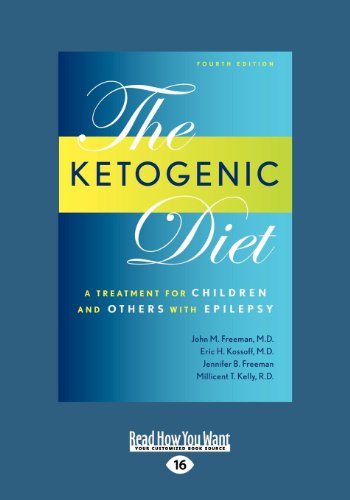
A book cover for Ketogenic Diet: A Treatment for Children and Others with Epilepsy, 4th Edition (Large Print 16pt); John M. MD Freeman; Health, Fitness & Dieting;